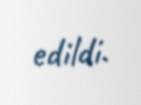
edildi.